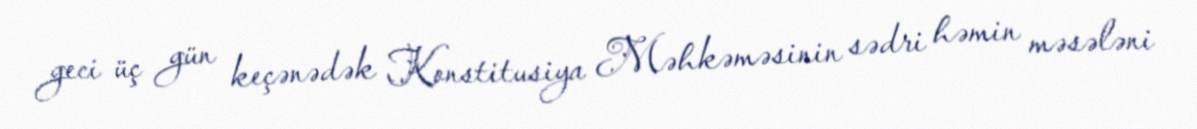
geci üç gün keçənədək Konstitusiya Məhkəməsinin sədri həmin məsələni